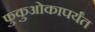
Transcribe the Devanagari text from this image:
फुकुओकापर्यंत